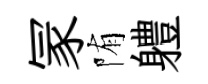
冡陏軆